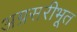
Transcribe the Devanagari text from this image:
अग्रसरीभूत